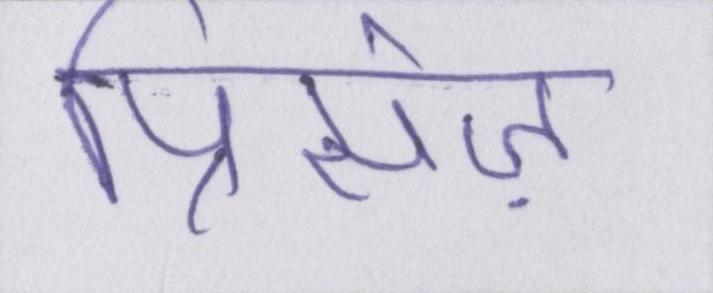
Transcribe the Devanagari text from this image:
प्रिंसेज़